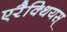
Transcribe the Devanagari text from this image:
एरैक्थियस्‌